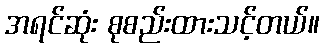
အရင်ဆုံး စုစည်းထားသင့်တယ်။